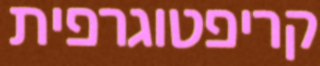
קריפטוגרפית